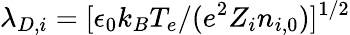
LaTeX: \lambda_{D,i}=[\epsilon_{0}k_{B}T_{e}/(e^{2}Z_{i}n_{i,0})]^{1/2}